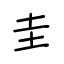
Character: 圭